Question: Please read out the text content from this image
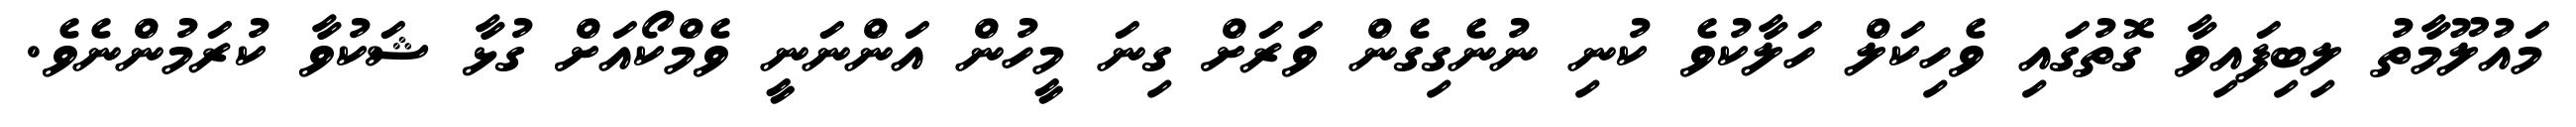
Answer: މައުލޫމާތު ލިބިފައިވާ ގޮތުގައި ވެހިކަލް ހަލާކުވެ ކުނި ނުނެގިގެން ވަރަށް ގިނަ މީހުން އަންނަނީ ވެމްކޯއަށް ގުޅާ ޝަކުވާ ކުރަމުންނެވެ.